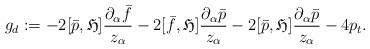
LaTeX: \begin{align*}g_d:=-2[\bar{p}, \mathfrak{H}]\frac{\partial_{\alpha}\bar{f}}{z_{\alpha}}-2[\bar{f},\mathfrak{H}]\frac{\partial_{\alpha}\bar{p}}{z_{\alpha}}-2[\bar{p},\mathfrak{H}]\frac{\partial_{\alpha}\bar{p}}{z_{\alpha}}-4p_t.\end{align*}